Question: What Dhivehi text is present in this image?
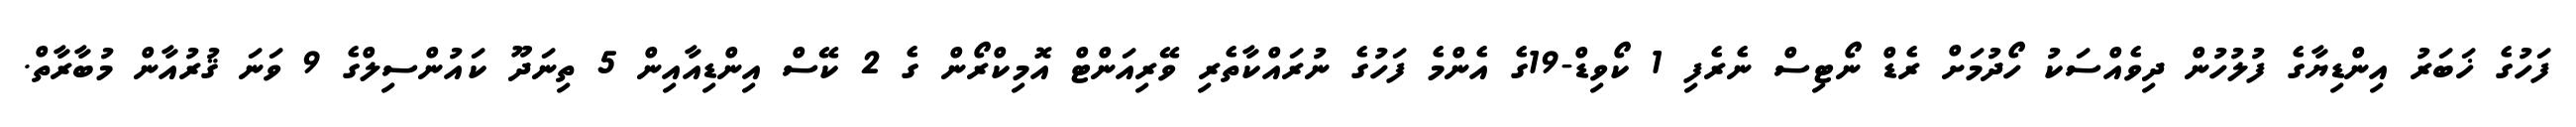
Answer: ފަހުގެ ޚަބަރު އިންޑިޔާގެ ފުލުހުން ދިވެއްސަކު ހޯދުމަށް ރެޑް ނޯޓިސް ނެރެފި 1 ކޯވިޑް-19ގެ އެންމެ ފަހުގެ ނުރައްކާތެރި ވޭރިއަންޓް އޮމިކްރޯން ގެ 2 ކޭސް އިންޑިއާއިން 5 ތިނަދޫ ކައުންސިލްގެ 9 ވަނަ ޤުރުއާން މުބާރާތް.